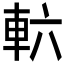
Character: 𮝄